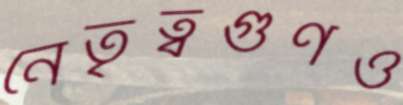
নেতৃত্বগুণও